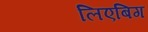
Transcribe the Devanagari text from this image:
लिएबिग